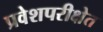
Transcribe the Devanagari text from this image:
प्रवेशपरीक्षेत